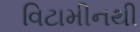
વિટામીનથી